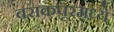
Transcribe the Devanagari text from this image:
बराकपूरमध्ये